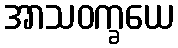
အာသဝက္ခယေ